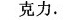
克力。